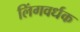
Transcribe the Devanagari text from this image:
लिंगवर्धक